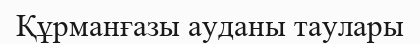
Құрманғазы ауданы таулары